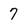
Character: 7